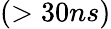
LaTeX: (>30ns)